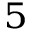
_ 5